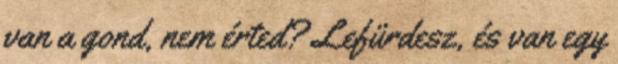
van a gond, nem érted? Lefürdesz, és van egy